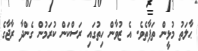
ޙާލަތު މުޅީން ތަފާތެވެ. އެ ޒުވާން ހިތުގައި ރަސްކަން ކުރަމުން ގެންދާ ރާޖާގެ